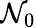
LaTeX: \mathcal{N}_{0}